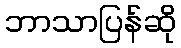
ဘာသာပြန်ဆို